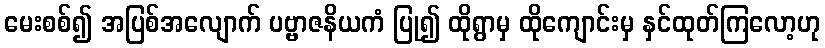
မေးစစ်၍ အပြစ်အလျောက် ပဗ္ဗာဇနိယကံ ပြု၍ ထိုရွာမှ ထိုကျောင်းမှ နှင်ထုတ်ကြလော့ဟု